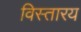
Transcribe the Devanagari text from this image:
विस्तारय